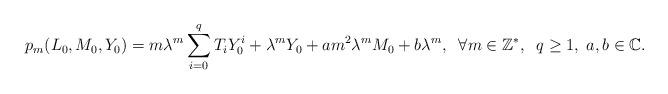
LaTeX: \begin{align*} p_m(L_0,M_0,Y_0)=m \lambda^m \sum\limits_{i=0}^{q}T_iY_0^i+\lambda^mY_0+am^2\lambda^mM_0+b\lambda^m,\;\;\forall m\in\mathbb{Z}^*,\;\;q\geq 1, \; a, b \in \mathbb{C}.\end{align*}